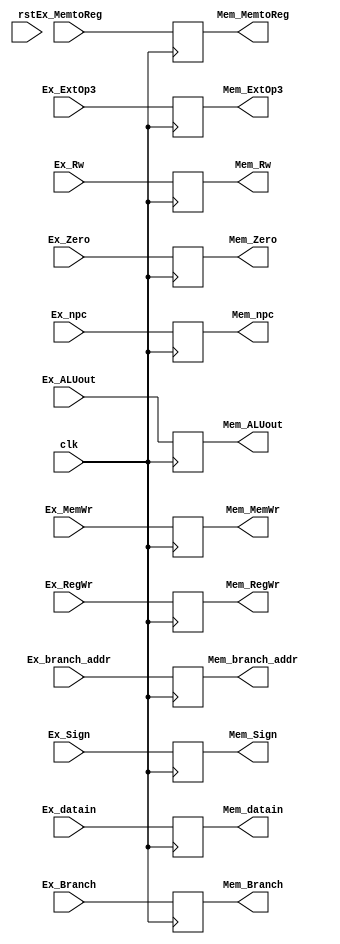
module Ex_Mem(
    //data input
    input [31:0] Ex_branch_addr, Ex_npc,
    input [31:0] Ex_ALUout,
    input [31:0] Ex_datain,
    input [4:0] Ex_Rw,

    //data output
    output reg [31:0] Mem_branch_addr, Mem_npc,
    output reg [31:0] Mem_ALUout,
    output reg [31:0] Mem_datain,
    output reg [4:0] Mem_Rw,
    
    //control input
    input Ex_MemWr,
    input [2:0] Ex_Branch, 
    input Ex_Zero, Ex_Sign,
    input [2:0] Ex_ExtOp3,//4
    input [1:0] Ex_MemtoReg, 
    input Ex_RegWr,//5
    
    //control output
    output reg Mem_MemWr, 
    output reg [2:0] Mem_Branch,
    output reg Mem_Zero, Mem_Sign,
    output reg [2:0] Mem_ExtOp3,//4
    output reg [1:0] Mem_MemtoReg,
    output reg Mem_RegWr,//5

    input clk, rst
);

    always @(negedge clk)
        begin
            Mem_branch_addr <= Ex_branch_addr;
            Mem_npc <= Ex_npc;
            Mem_ALUout <= Ex_ALUout;
            Mem_datain <= Ex_datain;
            Mem_Rw <= Ex_Rw;

            Mem_MemWr <= Ex_MemWr;
            Mem_Branch <= Ex_Branch;
            Mem_Zero <= Ex_Zero;
            Mem_Sign <= Ex_Sign;
            Mem_ExtOp3 <= Ex_ExtOp3;
            Mem_MemtoReg <= Ex_MemtoReg;
            Mem_RegWr <= Ex_RegWr;
        end
endmodule